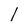
Character: 1